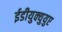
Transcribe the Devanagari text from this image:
ईडीयुक्युयुए